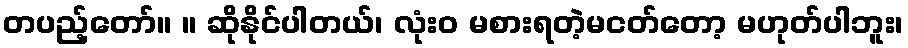
တပည့်တော်။ ။ ဆိုနိုင်ပါတယ်၊ လုံးဝ မစားရတဲ့မငတ်တော့ မဟုတ်ပါဘူး၊